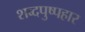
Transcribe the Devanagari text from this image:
शब्दपुष्पहार